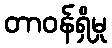
တာဝန်ရှိမှု